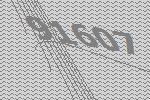
91607